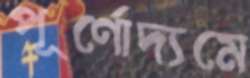
পূর্ণোদ্যমে